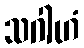
သဂါဟံ